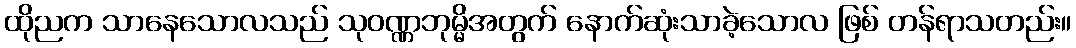
ထိုညက သာနေသောလသည် သုဝဏ္ဏဘုမ္မိအတွက် နောက်ဆုံးသာခဲ့သောလ ဖြစ် တန်ရာသတည်း။